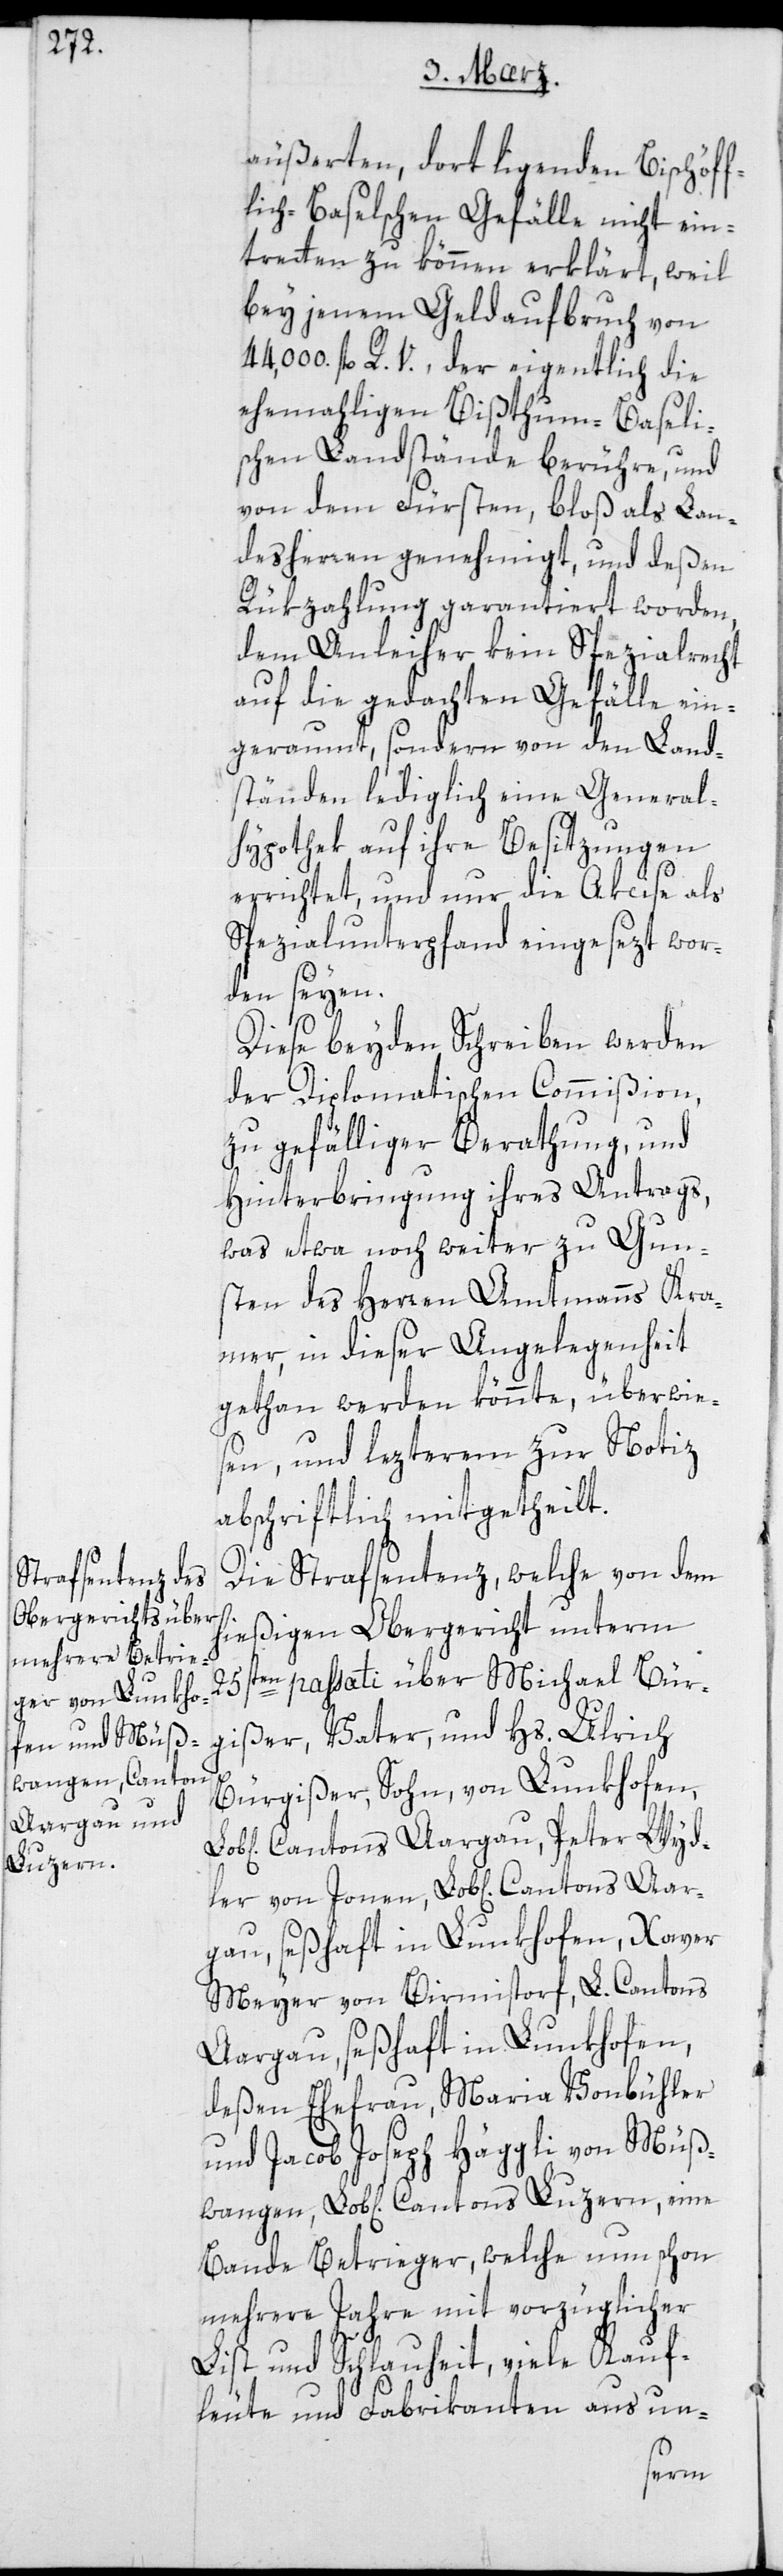
Luzern;

äußerten, dort liegenden Bischöff¬
lich-Baselschen Gefälle nicht ein¬
treten zu können erklärt, weil
bey jenem Geldaufbruch von
44 000 fl. R. V. der eigentlich die
ehemahligen Bißthum-Baseli¬
schen Landstände berühre, und
von dem Fürsten, bloß als Lan¬
desherren genehmigt, und deßen
Rükzahlung garantiert worden,
dem Anleiher kein Spezialrecht
auf die gedachten Gefälle ein¬
geraumt, sondern von den Land¬
ständen lediglich eine General¬
hypothek auf ihre Besitzungen
errichtet, und nur die Akcise als
Spezialunterpfand eingesezt wor¬
den seyen.
Diese beyden Schreiben werden
der Diplomatischen Commißion
zu gefälliger Berathung und
Hinterbringung ihres Antrags,
was etwa noch weiter zu Gun¬
sten des Herren Amtmanns Kra¬
mer in dieser Angelegenheit
getan werden könnte, überwie¬
sen, und lezterem zur Notiz
abschriftlich mitgetheilt.
Die Strafsentenz, welche von dem
hießigen Obergericht unterm
25sten passati über Michael Bür¬
gißer, Vater, und Hs. Ulrich
Bürgißer, Sohn, von Lunkhofen,
Cantons Aargau; Peter Wyd¬
Meyer von Birmitorf, L. Cantons
Aargau, seßhaft zu Lunkhofen;
deßen Ehefrau Maria Vonbühler;
und Jacob Joseph Häggli von Müßw¬
Bande Betrieger, welche nun schon
mehrere Jahre mit vorzüglicher
List und Schlauheit, viele Kauf¬
leute und Fabrikanten aus un-
eine